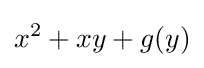
x^{2}+xy+g(y)